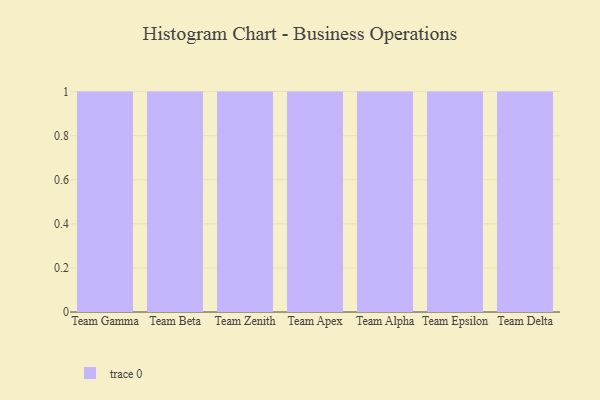
{"axis": {"x": "Team", "y": "LTV (USD)"}, "legend": [""], "data": [{"x": "Team Gamma", "y": 36, "type": ""}, {"x": "Team Beta", "y": 36, "type": ""}, {"x": "Team Zenith", "y": 96, "type": ""}, {"x": "Team Apex", "y": 25, "type": ""}, {"x": "Team Alpha", "y": 39, "type": ""}, {"x": "Team Epsilon", "y": 14, "type": ""}, {"x": "Team Delta", "y": 26, "type": ""}]}